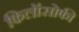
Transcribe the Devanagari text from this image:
फिलॉसोफी